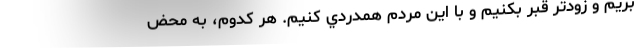
بريم و زودتر قبر بكنيم و با اين مردم همدردي كنيم. هر كدوم، به محض